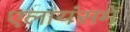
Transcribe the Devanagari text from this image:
एलायंसमें